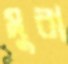
মুরা